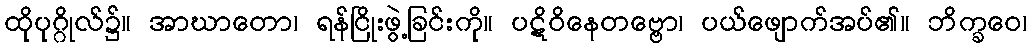
ထိုပုဂ္ဂိုလ်၌။ အာဃာတော၊ ရန်ငြိုးဖွဲ့ခြင်းကို။ ပဋိဝိနေတဗ္ဗော၊ ပယ်ဖျောက်အပ်၏။ ဘိက္ခဝေ၊